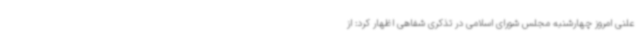
علنی امروز چهارشنبه مجلس شورای اسلامی در تذکری شفاهی اظهار کرد: از